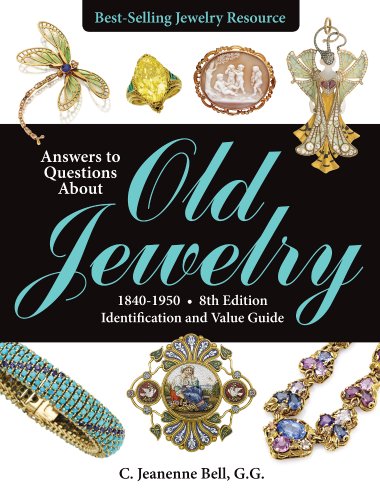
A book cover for Answers to Questions About Old Jewelry, 1840-1950: Identification and Value Guide; C. Jeanenne Bell; Crafts, Hobbies & Home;